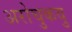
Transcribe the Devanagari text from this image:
अरोचुकवु